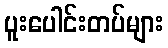
ပူးပေါင်းတပ်များ